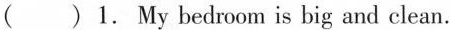
( )1. My bedroom is big and clean.